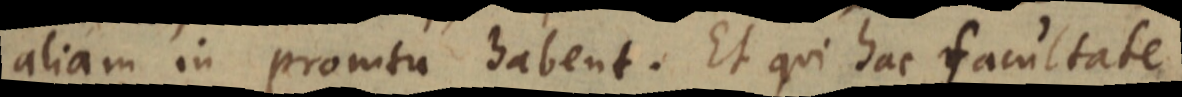
aliam in promtu habent. Et qui hac facultate